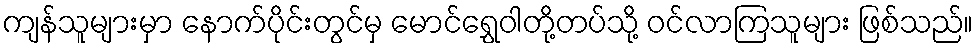
ကျန်သူများမှာ နောက်ပိုင်းတွင်မှ မောင်ရွှေဝါတို့တပ်သို့ ဝင်လာကြသူများ ဖြစ်သည်။